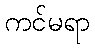
ကင်မရာ